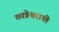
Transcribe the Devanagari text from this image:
कात्रेश्वराची